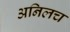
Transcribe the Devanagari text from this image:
अनिलच